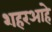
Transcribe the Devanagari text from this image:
शहरआहे